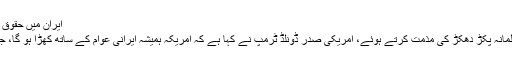
ایران میں حقوق کی جدوجہد کرنیوالوں کو ہلاک کیا جا رہا ہے،صدر ٹرمپ
واشنگٹن (سنگرنیوز)ایران میں شہریوں کے خلاف مبینہ ظالمانہ پکڑ دھکڑ کی مذمت کرتے ہوئے، امریکی صدر ڈونلڈ ٹرمپ نے کہا ہے کہ امریکہ ہمیشہ ایرانی عوام کے ساتھ کھڑا ہو گا، جو سچی لگن کے ساتھ اپنے حقوق کی جدوجہد کر رہے ہیں۔